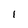
Character: 1